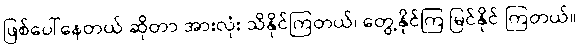
ဖြစ်ပေါ်နေတယ် ဆိုတာ အားလုံး သိနိုင်ကြတယ်၊ တွေ့နိုင်ကြ မြင်နိုင် ကြတယ်။